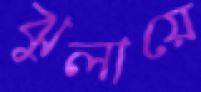
ঝুলায়ে